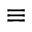
\equiv